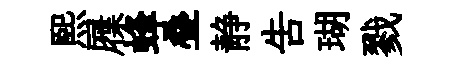
煕屧蜂叠静告瑚戮